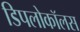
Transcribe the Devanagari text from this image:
डिपलोकॉलस